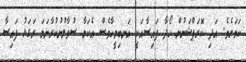
ކަމަށެވެ. އަދި ކޮރަޕްޝަނުން ހޯދާ ފައިސާއަކީ އަނބިމީހާވެސް އެކަމާ ސުވާލުނުކުރާނަމަ ރަގަޅު ފައިސާ